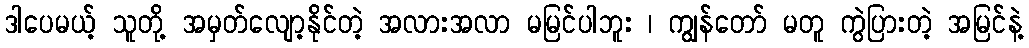
ဒါပေမယ့် သူတို့ အမှတ်လျော့နိုင်တဲ့ အလားအလာ မမြင်ပါဘူး ၊ ကျွန်တော် မတူ ကွဲပြားတဲ့ အမြင်နဲ့